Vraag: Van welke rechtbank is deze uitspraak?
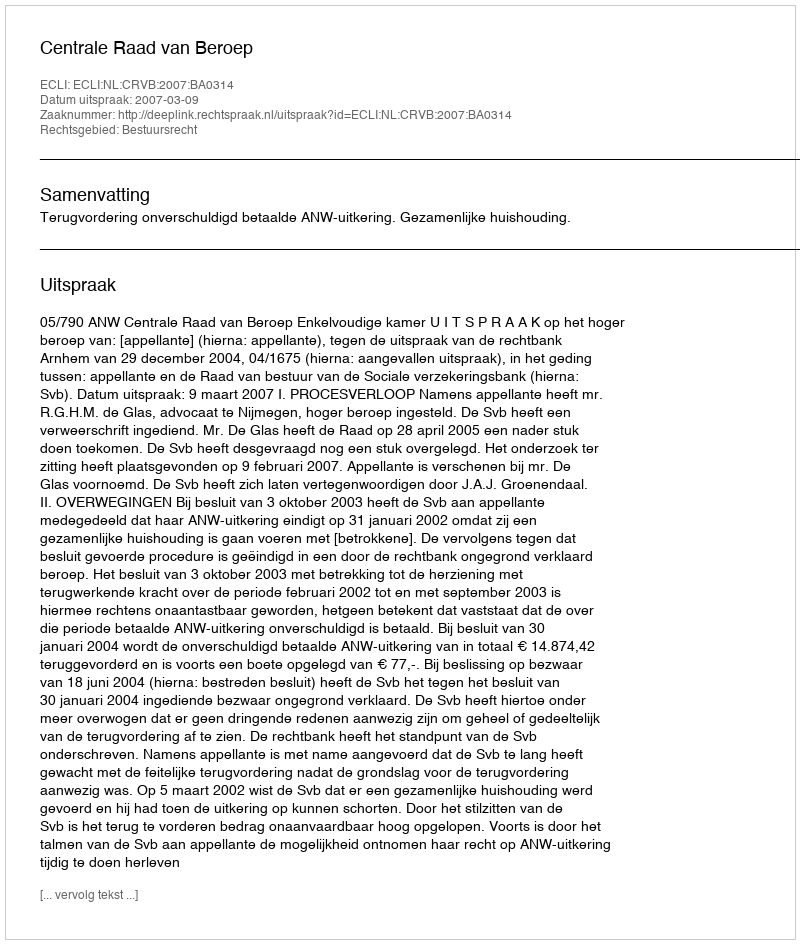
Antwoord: Centrale Raad van Beroep